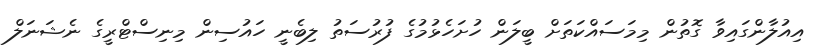
އިއުލާންގައިވާ ގޮތުން މިމަސައްކަތަށް ބީލަން ހުށަހެޅުމުގެ ފުރުސަތު ލިބެނީ ހައުސިން މިނިސްޓްރީގެ ނެޝަނަލް